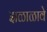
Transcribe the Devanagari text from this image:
झळाळावे